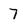
Character: 7